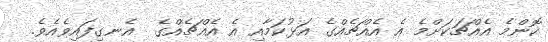
ކޮންމެ އެއްޗަކަށްމެ އެ އެއްޗެއްގެ އަޅުކަމާއި އެ އެއްޗެއްގެ  އެނގިފައިވެއެވެ.